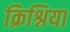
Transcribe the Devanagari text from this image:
क्रिश्निया